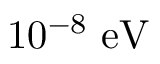
1 0 ^ { - 8 } ~ \mathrm { e V }